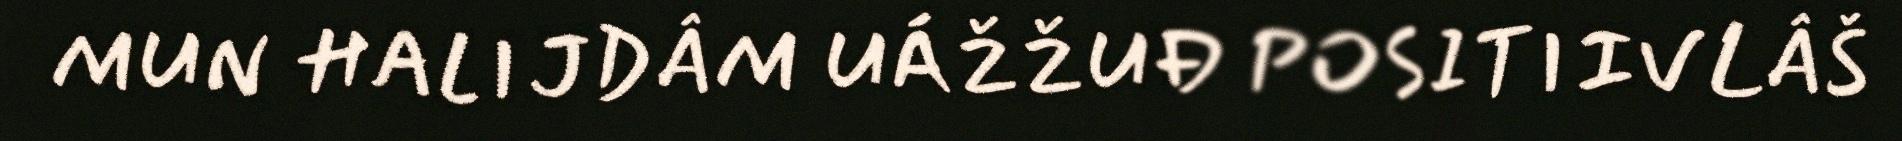
MUN HALIJDÂM UÁŽŽUĐ POSITIIVLÂŠ